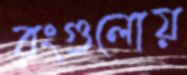
রংগুলোয়